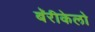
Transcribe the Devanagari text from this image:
बॅरीकेलो